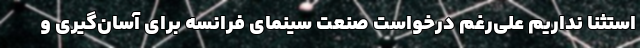
استثنا نداریم علی‌رغم درخواست صنعت سینمای فرانسه برای آسان‌گیری و